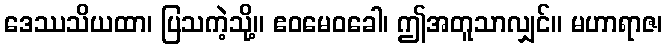
ဒေဿသိယထာ၊ ပြသကဲ့သို့။ ဧဝမေဝခေါ၊ ဤအတူသာလျှင်။ မဟာရာဇ၊